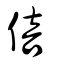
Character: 倍